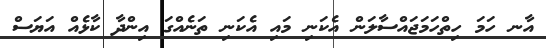
އާނ ހަމަ ހިތްހަމަޖައްސާލަން އެކަނި މައި އެކަނި ތަނެއްގަ އިންދާ ކާޅެއް އަޔަސް